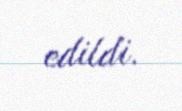
edildi.